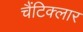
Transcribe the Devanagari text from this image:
चैंटिक्लार